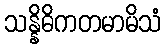
သန္နိဓိကတမာမိသံ